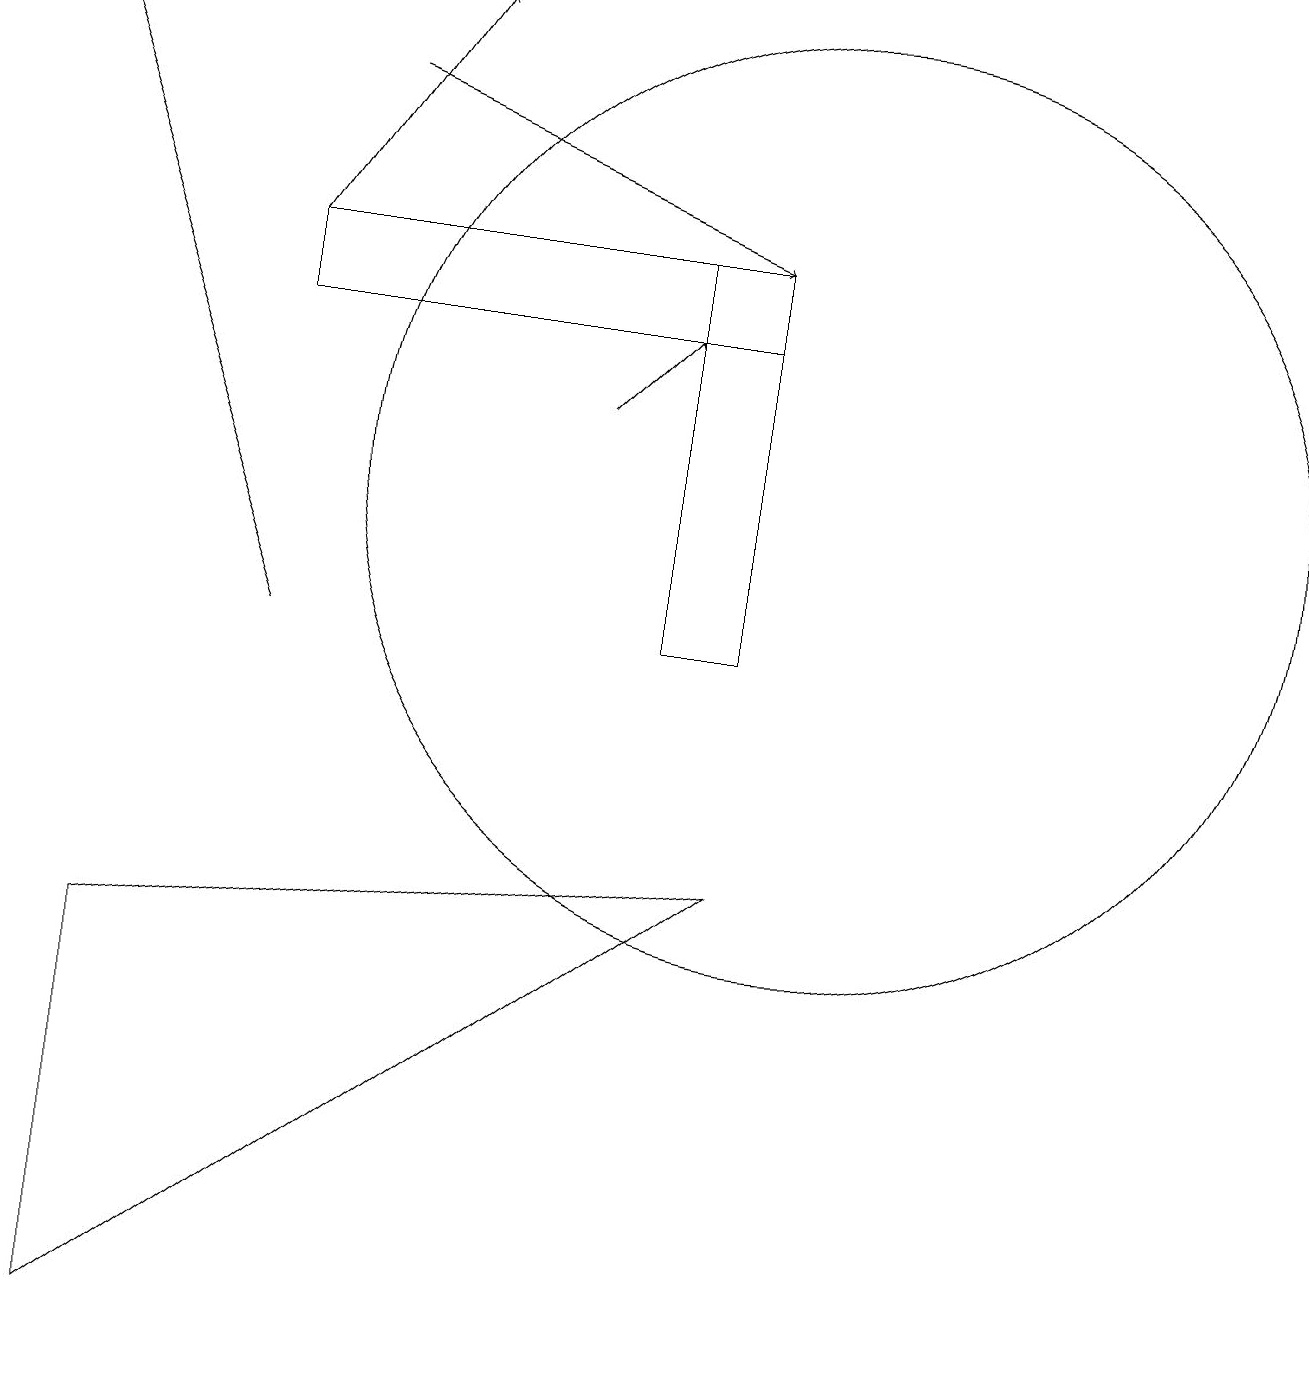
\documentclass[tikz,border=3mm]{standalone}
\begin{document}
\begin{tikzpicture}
\draw[->] (4,17) -- (9,15);
\draw (8,15) rectangle (9,10);
\draw[->] (3,10) -- (0,18);
\draw[->] (7,13) -- (8,14);
\draw (10,12) circle (6);
\draw (9,15) rectangle (3,14);
\draw (1,6) -- (9,7) -- (1,1) -- cycle;
\draw[->] (3,15) -- (5,18);
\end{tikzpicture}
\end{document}